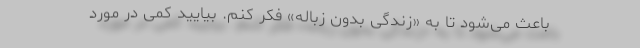
باعث می‌شود تا به «زندگی بدون زباله» فکر کنم. بیایید کمی در مورد